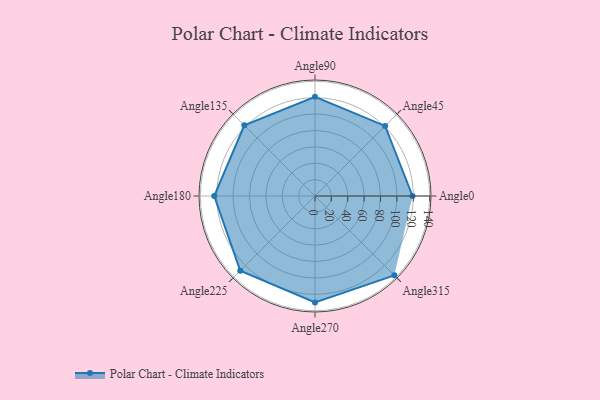
{"axis": {"x": "Angle", "y": "Radius"}, "legend": [""], "data": [{"x": "Angle0", "y": 119.0, "type": ""}, {"x": "Angle45", "y": 121.0, "type": ""}, {"x": "Angle90", "y": 121.0, "type": ""}, {"x": "Angle135", "y": 122.0, "type": ""}, {"x": "Angle180", "y": 123.0, "type": ""}, {"x": "Angle225", "y": 129.0, "type": ""}, {"x": "Angle270", "y": 130.0, "type": ""}, {"x": "Angle315", "y": 137.0, "type": ""}]}